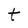
Character: t